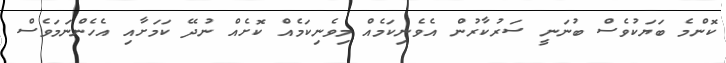
ކޮންމެ ބަޔަކުވެސް ބުނަނީ ސަރުކާރުން އެވެނިކަމެއް މިވެނިކަމެއް ކޮށެއް ނުދޭ ކަމަށާއި އެހެންނަމަވެސް